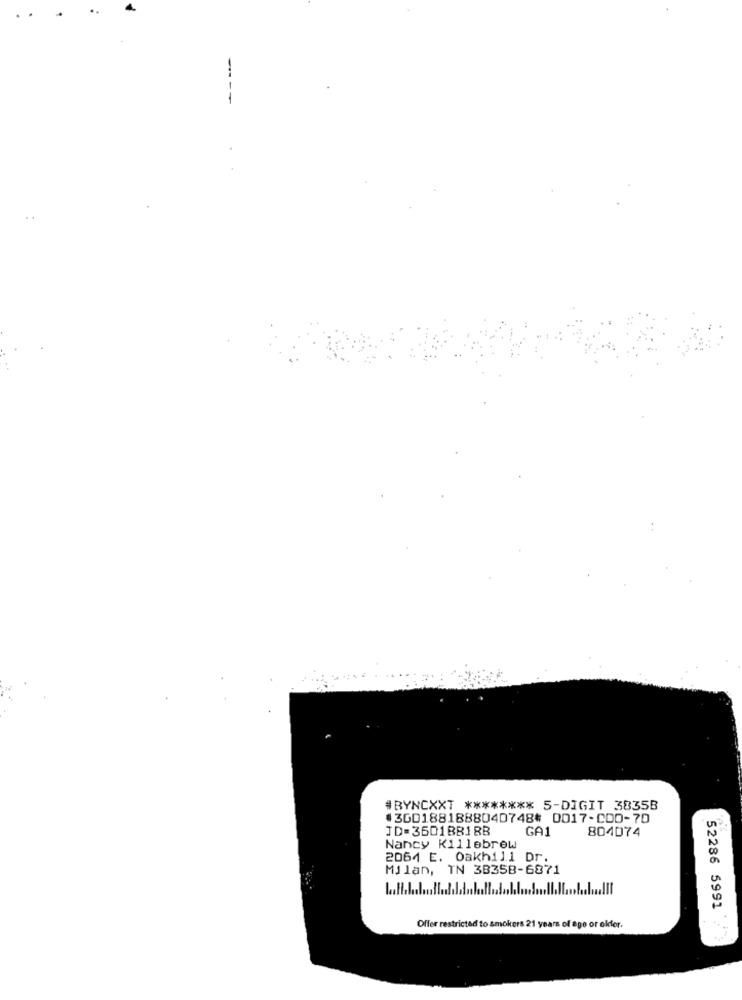
#RYNCXXT ******** 5-DIGIT 3835B
3001881888040748# 0017-CD0-70
JD=3601BB18B
GA1
804074
Nancy Killebrew
2064 E. Oakhill Dr.
Milan, TN 38358-6871
52286 5991
Offer restricted to smokers 21 years of age or older.